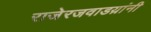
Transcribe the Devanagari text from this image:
राजेरजवाडय़ांनी